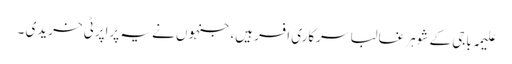
علیمہ باجی کے شوہر غالبا سرکاری افسر ہیں،جنہوں نے یہ پراپرٹی خریدی ۔